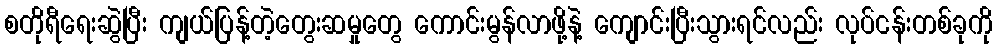
စတိုရီရေးဆွဲပြီး ကျယ်ပြန့်တဲ့တွေးဆမှုတွေ ကောင်းမွန်လာဖို့နဲ့ ကျောင်းပြီးသွားရင်လည်း လုပ်ငန်းတစ်ခုကို